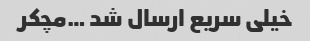
خیلی سریع ارسال شد …مچکر